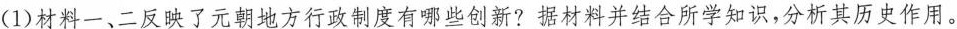
1)材料一、二反映了元朝地方行政制度有哪些创新?据材料并结合所学知识，分析其历史作用。